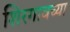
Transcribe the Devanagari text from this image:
शिरगावच्या